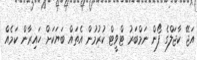
އަޖޭ ކާޖަލްގެ ފޯން ނަމްބަރު ޓްވީޓް ކުރުމުން އެތައް ބަޔަކަށް ހައިރާން ކަމެއް